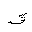
Letter: _qaf